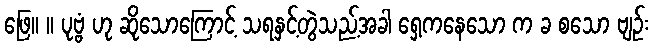
ဖြေ။ ။ ပုဗ္ဗံ ဟု ဆိုသောကြောင့် သရနှင့်တွဲသည့်အခါ ရှေ့ကနေသော က ခ စသော ဗျဉ်း